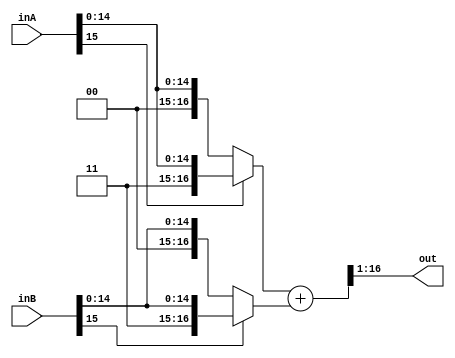
`timescale 1ns / 1ps
//////////////////////////////////////////////////////////////////////////////////
// 
// Module Name:    signed_add 
// Project Name: music-synth

// Description: Performs addition over two signed inputs, with necessary padding to prevent overflow

//////////////////////////////////////////////////////////////////////////////////
module signed_add #(parameter WIDTH = 16)(
	input signed [WIDTH-1:0] inA,
	input signed [WIDTH-1:0] inB,
	output [WIDTH-1:0] out
);

wire signed [2*WIDTH-1:0] padded_A, padded_B, padded_out; 

assign padded_A = inA[WIDTH-1] ? {1'b1, inA} : {1'b0, inA};
assign padded_B = inB[WIDTH-1] ? {1'b1, inB} : {1'b0, inB};

assign padded_out = padded_A + padded_B;
assign out = padded_out[WIDTH:1];

endmodule